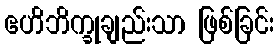
ဧဟိဘိက္ခုချည်းသာ ဖြစ်ခြင်း